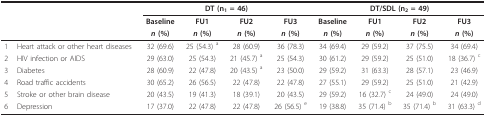
<table><thead><tr><td colspan="2"></td><td colspan="4"><b>DT (n<sub>1 </sub>= 46)</b></td><td colspan="4"><b>DT/SDL (n<sub>2 </sub>= 49)</b></td></tr><tr><td></td><td></td><td><b>Baseline</b></td><td><b>FU1</b></td><td><b>FU2</b></td><td><b>FU3</b></td><td><b>Baseline</b></td><td><b>FU1</b></td><td><b>FU2</b></td><td><b>FU3</b></td></tr><tr><td></td><td></td><td><b><i>n </i>(%)</b></td><td><b><i>n </i>(%)</b></td><td><b><i>n </i>(%)</b></td><td><b><i>n </i>(%)</b></td><td><b><i>n </i>(%)</b></td><td><b><i>n </i>(%)</b></td><td><b><i>n </i>(%)</b></td><td><b><i>n </i>(%)</b></td></tr></thead><tbody><tr><td>1</td><td>Heart attack or other heart diseases</td><td>32 (69.6)</td><td>25 (54.3) <sup>a</sup></td><td>28 (60.9)</td><td>36 (78.3)</td><td>34 (69.4)</td><td>29 (59.2)</td><td>37 (75.5)</td><td>34 (69.4)</td></tr><tr><td>2</td><td>HIV infection or AIDS</td><td>29 (63.0)</td><td>25 (54.3)</td><td>21 (45.7) <sup>a</sup></td><td>25 (54.3)</td><td>30 (61.2)</td><td>29 (59.2)</td><td>25 (51.0)</td><td>18 (36.7) <sup>c</sup></td></tr><tr><td>3</td><td>Diabetes</td><td>28 (60.9)</td><td>22 (47.8)</td><td>20 (43.5) <sup>a</sup></td><td>23 (50.0)</td><td>29 (59.2)</td><td>31 (63.3)</td><td>28 (57.1)</td><td>23 (46.9)</td></tr><tr><td>4</td><td>Road traffic accidents</td><td>30 (65.2)</td><td>26 (56.5)</td><td>22 (47.8)</td><td>22 (47.8)</td><td>27 (55.1)</td><td>29 (59.2)</td><td>25 (51.0)</td><td>21 (42.9)</td></tr><tr><td>5</td><td>Stroke or other brain disease</td><td>20 (43.5)</td><td>19 (41.3)</td><td>18 (39.1)</td><td>20 (43.5)</td><td>29 (59.2)</td><td>16 (32.7) <sup>c</sup></td><td>24 (49.0)</td><td>24 (49.0)</td></tr><tr><td>6</td><td>Depression</td><td>17 (37.0)</td><td>22 (47.8)</td><td>22 (47.8)</td><td>26 (56.5) <sup>e</sup></td><td>19 (38.8)</td><td>35 (71.4) <sup>b</sup></td><td>35 (71.4) <sup>b</sup></td><td>31 (63.3) <sup>d</sup></td></tr></tbody></table>